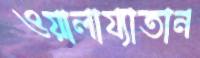
ওয়ালায্যাতান